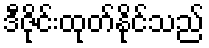
ဒီဇိုင်းထုတ်နိုင်သည်